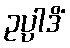
ဥပ္ပါဒိံ